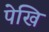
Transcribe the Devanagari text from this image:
पेखि